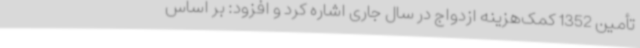
تأمین 1352 کمک‌هزینه ازدواج در سال جاری اشاره کرد و افزود: بر اساس